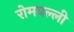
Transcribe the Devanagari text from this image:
रोमवल्ली